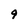
Character: 9